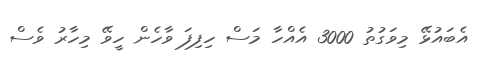
އެބައުޅޭ މިވަގުތު 3000 އެއްހާ މަސް ހިފިފަ ވާހެން ހީވޭ މިހާރު ވެސް